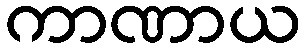
ကာဏာယ